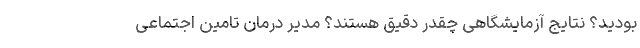
بودید؟ نتایج آزمایشگاهی چقدر دقیق هستند؟ مدیر درمان تامین اجتماعی